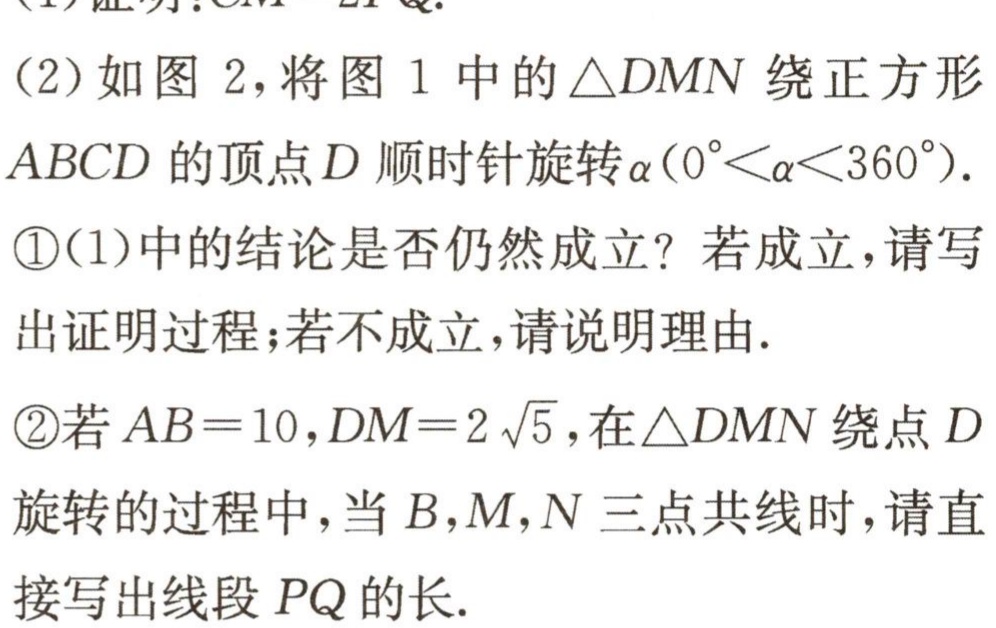
(2)如图2，将图1中的$\triangle DMN$绕正方形
$ABCD$的顶点$D$顺时针旋转$\alpha(0^{\circ}<\alpha<360^{\circ})$.
\textcircled{1}(1)中的结论是否仍然成立？若成立，请写
出证明过程；若不成立，请说明理由.
\textcircled{2}若$AB = 10$，$DM=2\sqrt{5}$，在$\triangle DMN$绕点$D$
旋转的过程中，当$B$，$M$，$N$三点共线时，请直
接写出线段$PQ$的长.